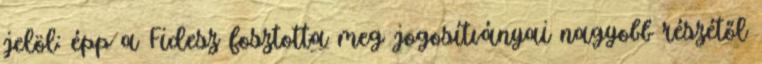
jelöl: épp a Fidesz fosztotta meg jogosítványai nagyobb részétől